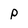
Character: P